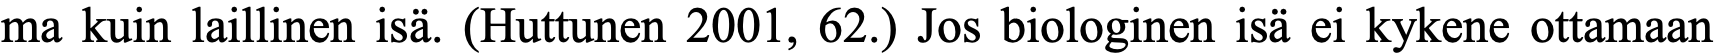
ma kuin laillinen isä. (Huttunen 2001, 62.) Jos biologinen isä ei kykene ottamaan